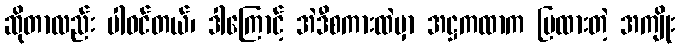
ဆိုတာလည်း ပါဝင်တယ်၊ ဒါကြောင့် အဲဒီစကားထဲမှာ အဋ္ဌကထာက ပြထားတဲ့ အကျိုး